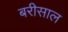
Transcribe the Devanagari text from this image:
बरीसाल